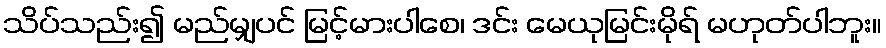
သိပ်သည်း၍ မည်မျှပင် မြင့်မားပါစေ၊ ဒင်း မေယုမြင်းမိုရ် မဟုတ်ပါဘူး။